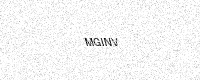
Text: MGINV